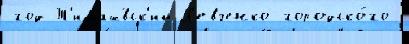
год Т'имаш́вск'ий Л'евченко городско́го